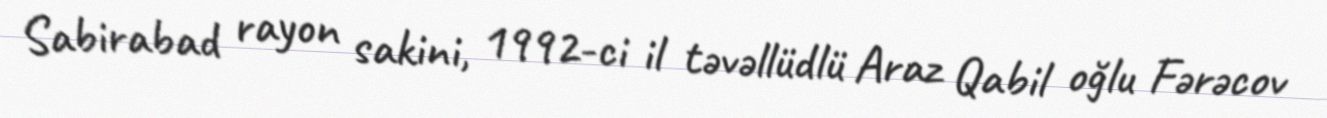
Sabirabad rayon sakini, 1992-ci il təvəllüdlü Araz Qabil oğlu Fərəcov